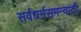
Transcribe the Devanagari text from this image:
सर्वधर्मसमन्‍वायी